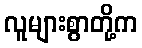
လူများစွာတို့က